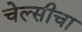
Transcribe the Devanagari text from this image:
चेल्सीचा